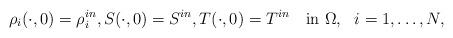
LaTeX: \begin{align*}&\rho_i(\cdot,0) = \rho_i^{in},S(\cdot,0) = S^{in},T(\cdot,0) = T^{in}\quad\mbox{in }\Omega,~~ i=1,\ldots,N ,\end{align*}